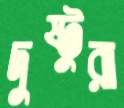
দুষ্টুরা